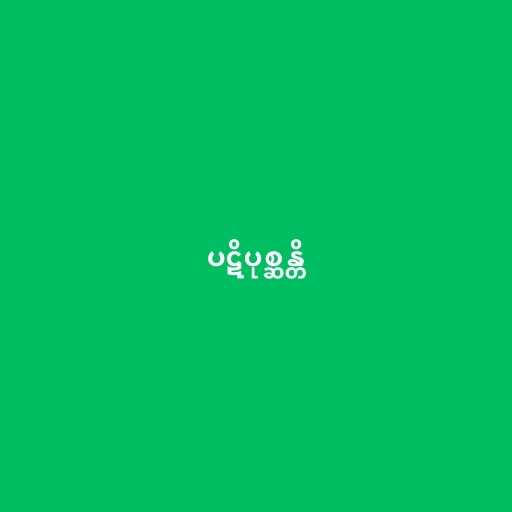
ပဋိပုစ္ဆန္တိ